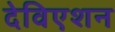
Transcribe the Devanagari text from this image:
देविएशन